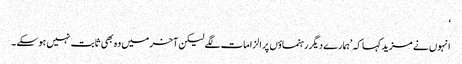
‘
انہوں نے مزید کہا کہ ’ہمارے دیگررہنماؤں پر الزامات لگے لیکن آخر میں وہ بھی ثابت نہیں ہوسکے ۔